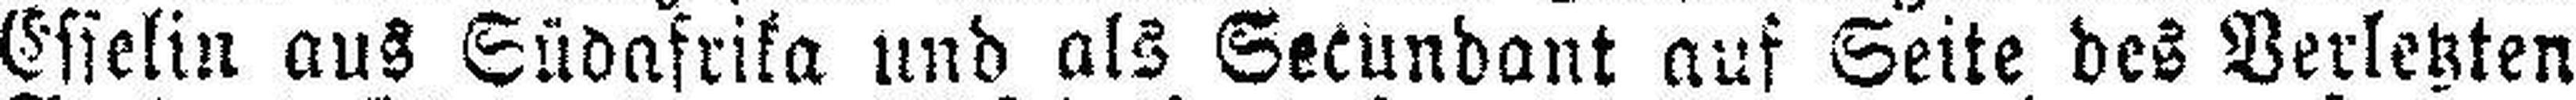
Esselin aus Südafrika und als Secundant auf Seite des Verletzten